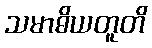
သမာဓိယတူတိ